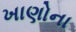
ખાણોના